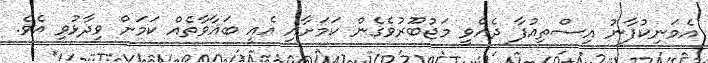
އެމަނިކުފާނު އިސްތިއުފާ ދެއްވީ މަޖުބޫރުވެގެން ކަމަށާއި އެއީ ބަޣާވާތެއް ކަމަށް ވިދާޅުވި އެވެ.